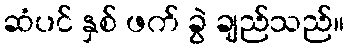
ဆံပင် နှစ် ဖက် ခွဲ ချည်သည်။